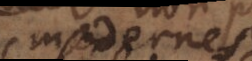
moderne